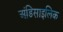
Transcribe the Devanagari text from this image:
अंडिसाइलिक